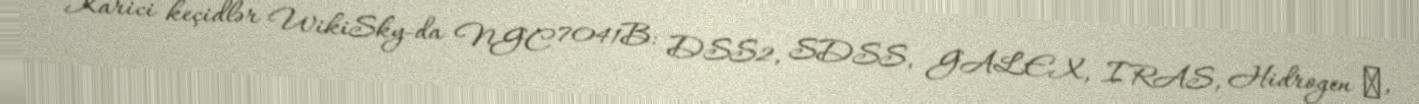
Xarici keçidlər WikiSky-da NGC 7041B: DSS2, SDSS, GALEX, IRAS, Hidrogen α,